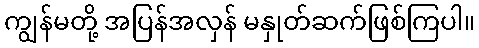
ကျွန်မတို့ အပြန်အလှန် မနှုတ်ဆက်ဖြစ်ကြပါ။